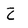
Character: 2